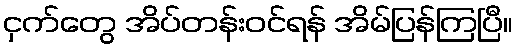
ငှက်တွေ အိပ်တန်းဝင်ရန် အိမ်ပြန်ကြပြီ။